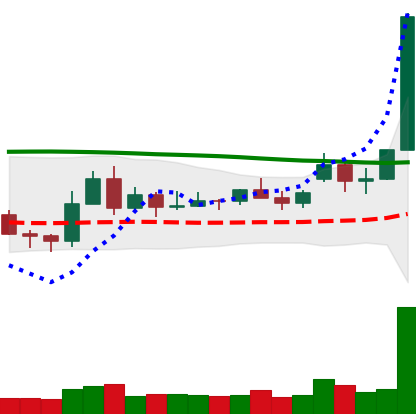
Ticker: XLM-USD
Chart end date: 2020-11-21
Forward return: 54.557%
Label: up_7plus